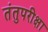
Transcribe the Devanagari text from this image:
तंतुपरीक्षा